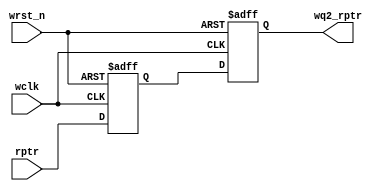
module sync_r2w (
 output reg [4:0] wq2_rptr,
 input [4:0] rptr,
 input wclk, wrst_n);
 
 reg [4:0] wq1_rptr;

 always @(posedge wclk or negedge wrst_n)
	if (!wrst_n) 
		{wq2_rptr,wq1_rptr} <= 0;
	else 
		{wq2_rptr,wq1_rptr} <= {wq1_rptr,rptr};
		
endmodule